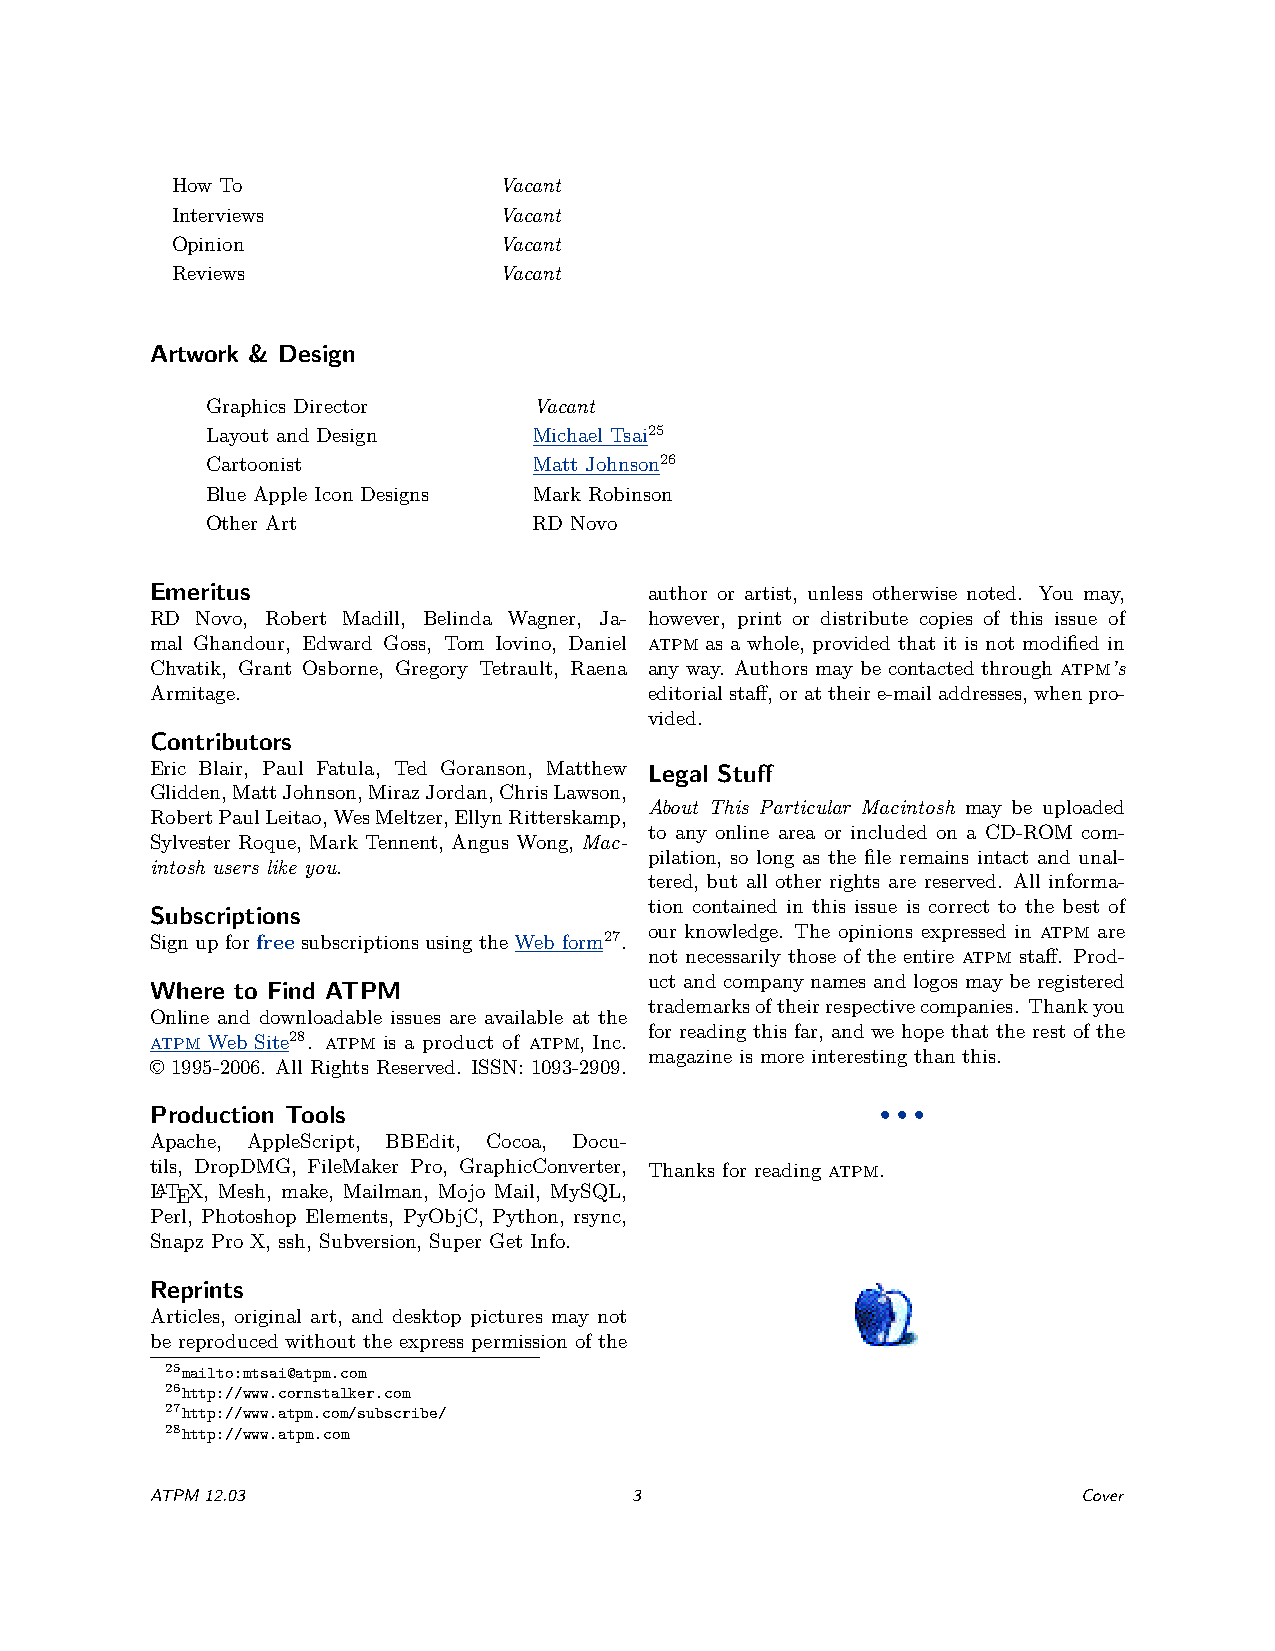
How To                Vacant
 Interviews            Vacant
 Opinion               Vacant
 Reviews               Vacant
 Artwork & Design
 Graphics Director    Vacant
 Layout and Design    Michael Tsai25
 Cartoonist           Matt Johnson26
 Blue Apple Icon Designs Mark Robinson
 Other Art            RD Novo
 Emeritus                         author or artist, unless otherwise noted. You may,
 RD Novo, Robert Madill, Belinda Wagner, Ja- however, print or distribute copies of this issue of
 mal Ghandour, Edward Goss, Tom Iovino, Daniel atpm as a whole, provided that it is not modified in
 Chvatik, Grant Osborne, Gregory Tetrault, Raena any way. Authors may be contacted through atpm’s
 Armitage.                        editorialstaff,orattheire-mailaddresses,whenpro-
 vided.
 Contributors
 Eric Blair, Paul Fatula, Ted Goranson, Matthew Legal Stuff
 Glidden,MattJohnson,MirazJordan,ChrisLawson,
 About This Particular Macintosh may be uploaded
 RobertPaulLeitao,WesMeltzer,EllynRitterskamp,
 to any online area or included on a CD-ROM com-
 Sylvester Roque, Mark Tennent, Angus Wong, Mac-
 pilation, so long as the file remains intact and unal-
 intosh users like you.
 tered, but all other rights are reserved. All informa-
 tion contained in this issue is correct to the best of
 Subscriptions
 our knowledge. The opinions expressed in atpm are
 Sign up for free subscriptions using the Web form27.
 not necessarily those of the entire atpm staff. Prod-
 uct and company names and logos may be registered
 Where to Find ATPM
 trademarksoftheirrespectivecompanies. Thankyou
 Online and downloadable issues are available at the
 for reading this far, and we hope that the rest of the
 atpm Web Site28. atpm is a product of atpm, Inc.
 magazine is more interesting than this.
 © 1995-2006. All Rights Reserved. ISSN: 1093-2909.
 Production Tools                                • • •
 Apache, AppleScript, BBEdit, Cocoa, Docu-
 tils, DropDMG, FileMaker Pro, GraphicConverter, Thanks for reading atpm.
 LATEX, Mesh, make, Mailman, Mojo Mail, MySQL,
 Perl, Photoshop Elements, PyObjC, Python, rsync,
 Snapz Pro X, ssh, Subversion, Super Get Info.
 Reprints
 Articles, original art, and desktop pictures may not
 be reproduced without the express permission of the
 25mailto:mtsai@atpm.com
 26http://www.cornstalker.com
 27http://www.atpm.com/subscribe/
 28http://www.atpm.com
 ATPM12.03                       3                             Cover